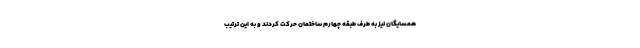
همسایگان نیز به طرف طبقه چهارم ساختمان حرکت کردند و به این ترتیب